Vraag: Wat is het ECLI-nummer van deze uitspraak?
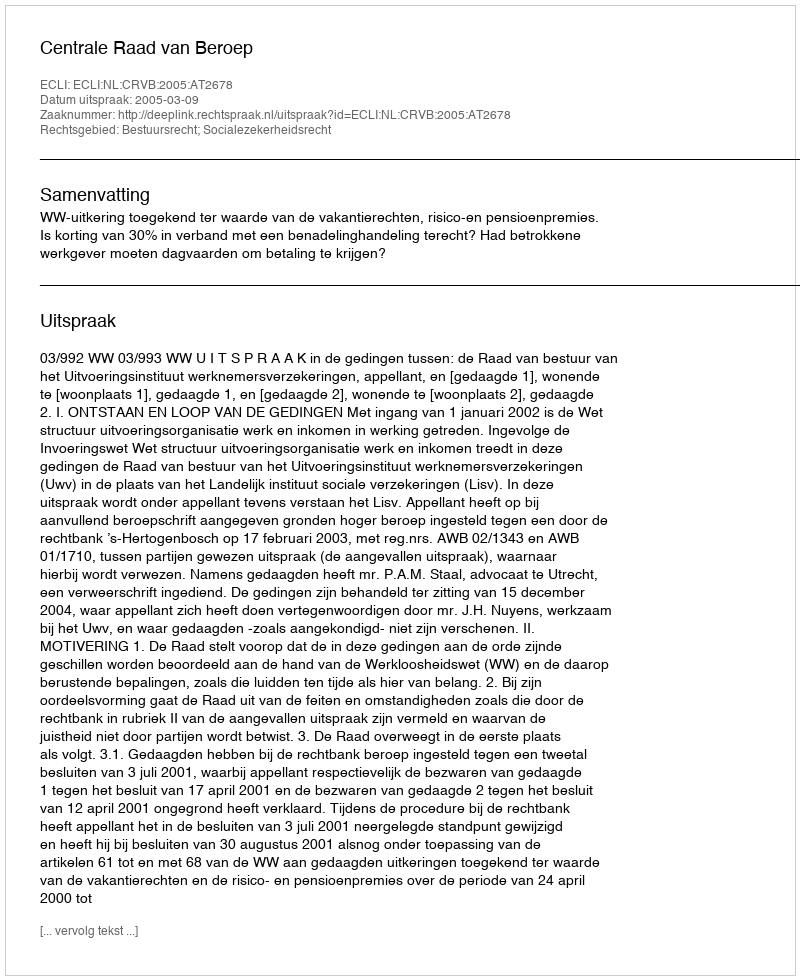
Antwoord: ECLI:NL:CRVB:2005:AT2678